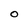
Character: O